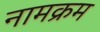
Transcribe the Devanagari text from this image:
नामक्रम